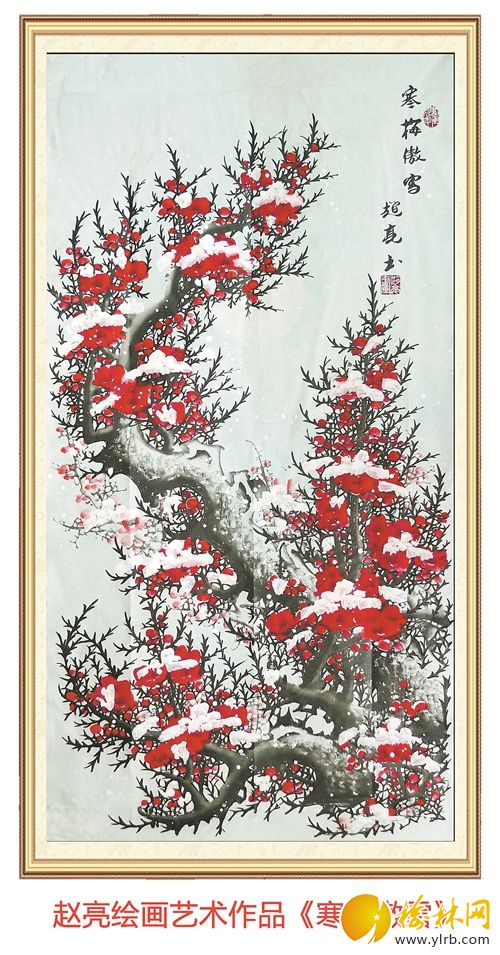
塞上秋风鼓角，城头落日旌旗。